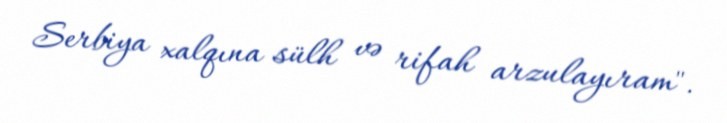
Serbiya xalqına sülh və rifah arzulayıram".